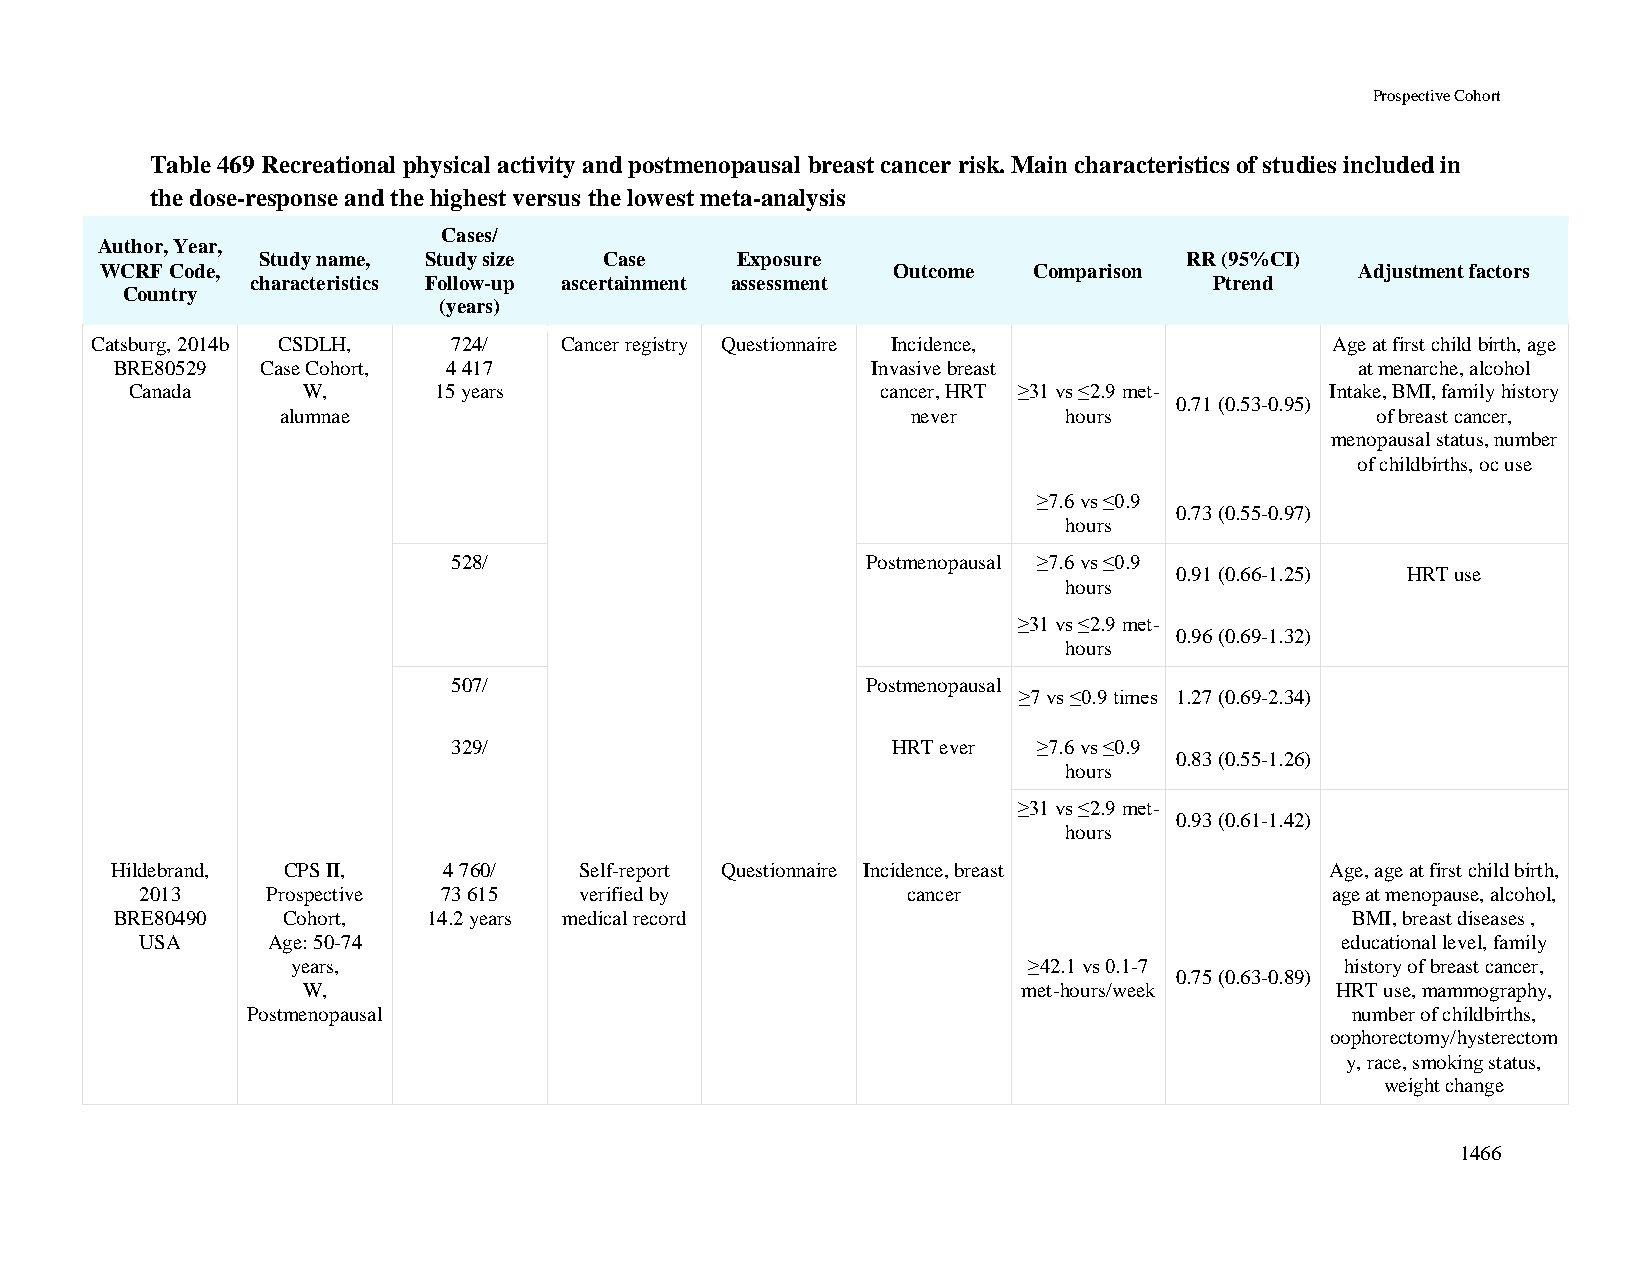
Prospective Cohort
 Table 469 Recreational physical activity and postmenopausal breast cancer risk. Main characteristics of studies included in
 the dose-response and the highest versus the lowest meta-analysis
 Cases/
 Author, Year,
 Study name, Study size Case     Exposure                     RR (95%CI)
 WCRF Code,                                          Outcome  Comparison            Adjustment factors
 characteristics Follow-up ascertainment assessment             Ptrend
 Country
 (years)
 Catsburg, 2014b CSDLH,  724/   Cancer registry Questionnaire Incidence,           Age at first child birth, age
 BRE80529 Case Cohort, 4 417                       Invasive breast                 at menarche, alcohol
 Canada     W,       15 years                     cancer, HRT ≥31 vs ≤2.9 met-  Intake, BMI, family history
 0.71 (0.53-0.95)
 alumnae                                  never      hours               of breast cancer,
 menopausal status, number
 of childbirths, oc use
 ≥7.6 vs ≤0.9
 0.73 (0.55-0.97)
 hours
 528/                       Postmenopausal ≥7.6 vs ≤0.9
 0.91 (0.66-1.25) HRT use
 hours
 ≥31 vs ≤2.9 met-
 0.96 (0.69-1.32)
 hours
 507/                       Postmenopausal
 ≥7 vs ≤0.9 times 1.27 (0.69-2.34)
 329/                         HRT ever  ≥7.6 vs ≤0.9
 0.83 (0.55-1.26)
 hours
 ≥31 vs ≤2.9 met-
 0.93 (0.61-1.42)
 hours
 Hildebrand, CPS II,   4 760/   Self-report Questionnaire Incidence, breast       Age, age at first child birth,
 2013     Prospective 73 615  verified by           cancer                      age at menopause, alcohol,
 BRE80490   Cohort,  14.2 years medical record                                    BMI, breast diseases ,
 USA      Age: 50-74                                                             educational level, family
 years,                                           ≥42.1 vs 0.1-7       history of breast cancer,
 0.75 (0.63-0.89)
 W,                                              met-hours/week      HRT use, mammography,
 Postmenopausal                                                           number of childbirths,
 oophorectomy/hysterectom
 y, race, smoking status,
 weight change
 1466